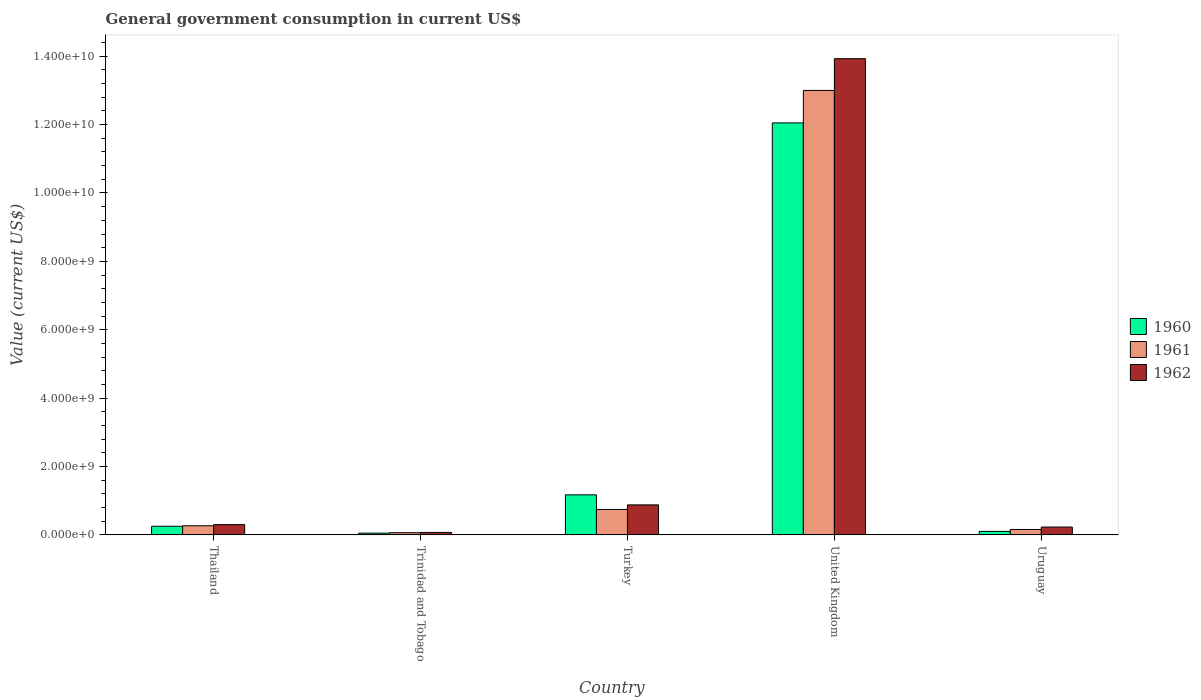
| Country | 1960 | 1961 | 1962 |
 | --- | --- | --- | --- |
 | Thailand | 2.52e+08 | 2.67e+08 | 3.01e+08 |
 | Trinidad and Tobago | 5.12e+07 | 6.39e+07 | 7.16e+07 |
 | Turkey | 1.17e+09 | 7.44e+08 | 8.78e+08 |
 | United Kingdom | 1.2e+10 | 1.3e+10 | 1.39e+10 |
 | Uruguay | 1.03e+08 | 1.58e+08 | 2.29e+08 |